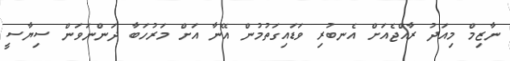
ނާޒިމް މިއަދު ރާއްޖެއަށް އެނބުރި ވަަޑައިގަތުމުން އޭނާ އަށް މަރުހަބާ ދަންނަވަން ސިޔާސީ